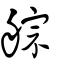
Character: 䑸